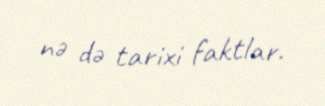
nə də tarixi faktlar.